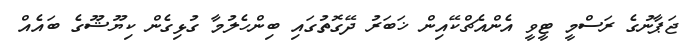
ޖަޕާނުގެ ރަސްމީ ޓީވީ އެންއެޗްކޭއިން ޚަބަރު ދޭގޮތުގައި ބިންހެލުމާ ގުޅިގެން ކިޔޫޝޫގެ ބައެއް